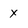
Character: x